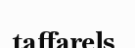
taffarels